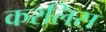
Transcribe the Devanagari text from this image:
करलिस